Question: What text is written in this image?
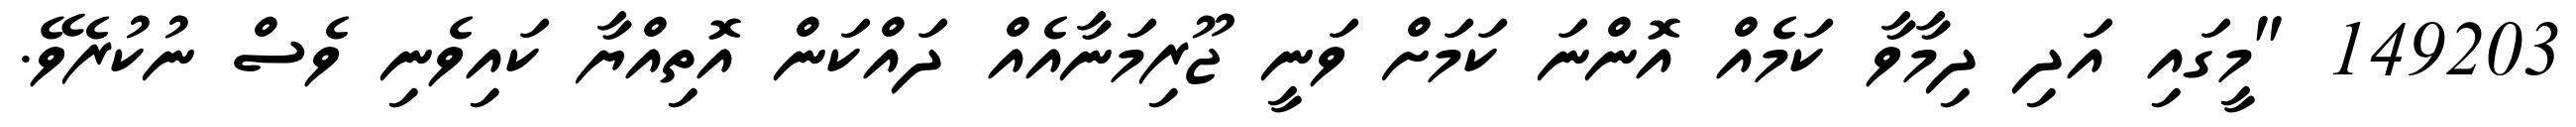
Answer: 149203 "މީގައި އަދި ދިމާވާ ކަމެއް އޮންނަ ކަމަށް ވަނީ ޖޫރިމަނާއެއް ދައްކަން އޮތިއްޔާ ކައިވެނި ވެސް ނުކުރެވޭ.